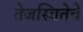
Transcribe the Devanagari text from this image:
तेजस्वितेचे